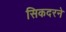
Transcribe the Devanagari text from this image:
सिकदरने